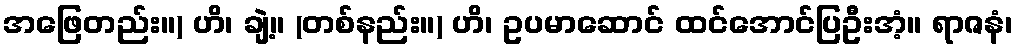
အဖြေတည်း။) ဟိ၊ ချဲ့။ (တစ်နည်း။) ဟိ၊ ဥပမာဆောင် ထင်အောင်ပြဦးအံ့။ ရာဇနံ၊